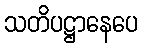
သတိပဋ္ဌာနေပေ